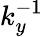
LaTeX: k_{y}^{-1}